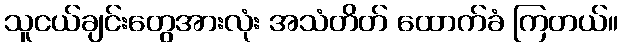
သူငယ်ချင်းတွေအားလုံး အသံတိတ် ထောက်ခံ ကြတယ်။